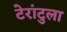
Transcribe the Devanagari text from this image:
टेरांटुला